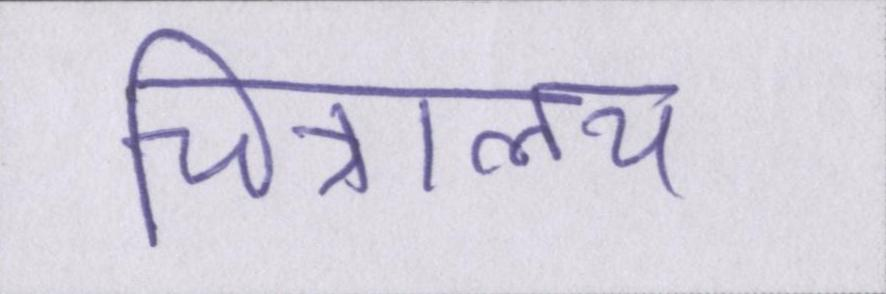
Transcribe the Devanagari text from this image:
चित्रालय